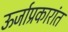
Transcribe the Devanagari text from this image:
ऊर्जाप्रकारांत